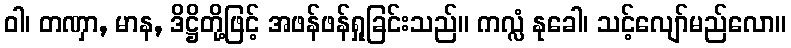
ဝါ၊ တဏှာ, မာန, ဒိဋ္ဌိတို့ဖြင့် အဖန်ဖန်ရှုခြင်းသည်။ ကလ္လံ နုခေါ၊ သင့်လျော်မည်လော။